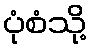
ပုံစံသို့